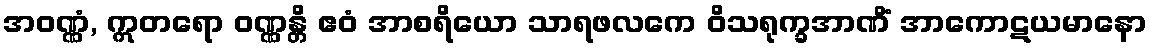
အဝဏ္ဏံ, ဣတရော ဝဏ္ဏန္တိ ဧဝံ အာစရိယော သာရဖလကေ ဝိသရုက္ခအာဏိံ အာကောဋယမာနော